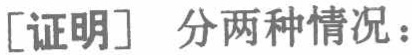
[证明] 分两种情况：